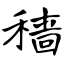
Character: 穑